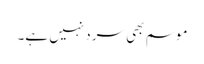
موسم بھی سرد نہیں ہے۔